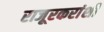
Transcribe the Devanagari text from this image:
राजूरकरांशी